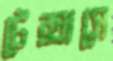
টেক্সাসে